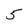
Character: 5